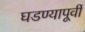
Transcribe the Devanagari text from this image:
घडण्यापूर्वी